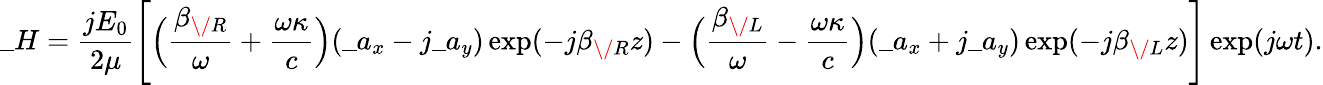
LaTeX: \_ H={\frac{jE_{0}}{2\mu}}\Bigg[\Big({\frac{\beta_{\/ R}}{\omega}}+{\frac{\omega\kappa}{c}}\Big)(\_ a_{x}-j\_ a_{y})\exp(-j\beta_{\/ R}z)-\Big({\frac{\beta_{\/ L}}{\omega}}-{\frac{\omega\kappa}{c}}\Big)(\_ a_{x}+j\_ a_{y})\exp(-j\beta_{\/ L}z)\Bigg]\exp(j\omega t).